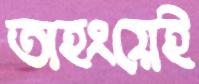
অহংয়েই